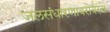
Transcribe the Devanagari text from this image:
जलसंधारणाबरोबरच